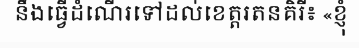
នឹងធ្វើដំណើរទៅដល់ខេត្តរតនគិរី៖ «ខ្ញុំ